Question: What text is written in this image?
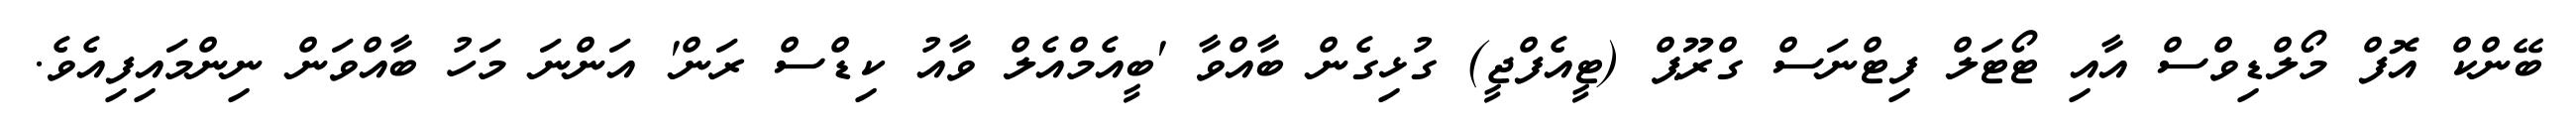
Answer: ބޭންކް އޮފް މޯލްޑިވްސް އާއި ޓޯޓަލް ފިޓްނަސް ގްރޫޕް (ޓީއެފްޖީ) ގުޅިގެން ބާއްވާ 'ބީއެމްއެލް ވާއު ކިޑްސް ރަން' އަންނަ މަހު ބާއްވަން ނިންމައިފިއެވެ.